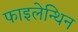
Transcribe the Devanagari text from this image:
फाइलेन्थिन